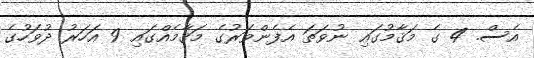
އެސް. 4 ގެ މަޤާމުގައި ނުވަތަ އެފެންވަރުގެ މަޤާމެއްގައި 9 އަހަރު ދުވަހުގެ